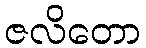
ဇလိတော